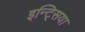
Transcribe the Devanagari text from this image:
इन्ट्सिया